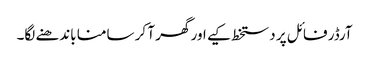
آرڈر فائل پر دستخط کیے اور گھر آ کر سامنا باندھنے لگا۔